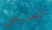
الغموض